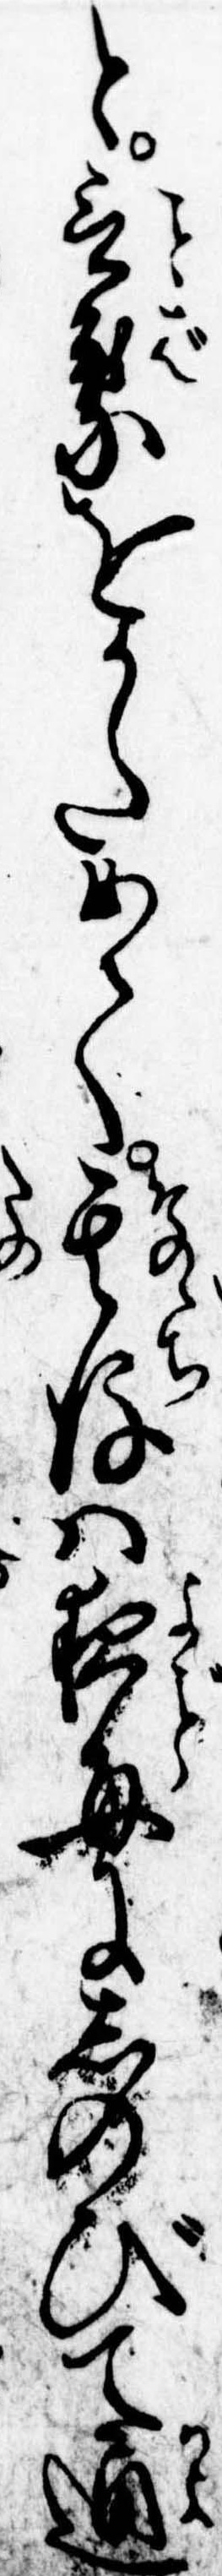
と言葉をかためて其後は夜毎にしのびて通